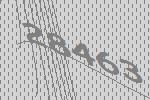
28463